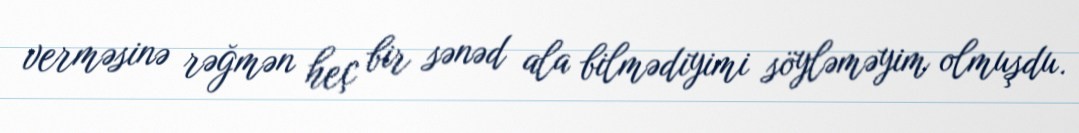
verməsinə rəğmən heç bir sənəd ala bilmədiyimi söyləməyim olmuşdu.